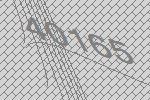
40165